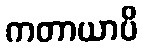
ကတာယာပိ